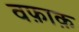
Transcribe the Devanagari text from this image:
वफ़ाक़